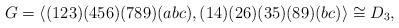
LaTeX: \begin{align*}G = \langle (123)(456)(789)(abc), (14)(26)(35)(89)(bc)\rangle \cong D_{3},\end{align*}